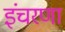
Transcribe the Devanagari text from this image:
इंचरणा